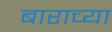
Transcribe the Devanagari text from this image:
बाराच्या